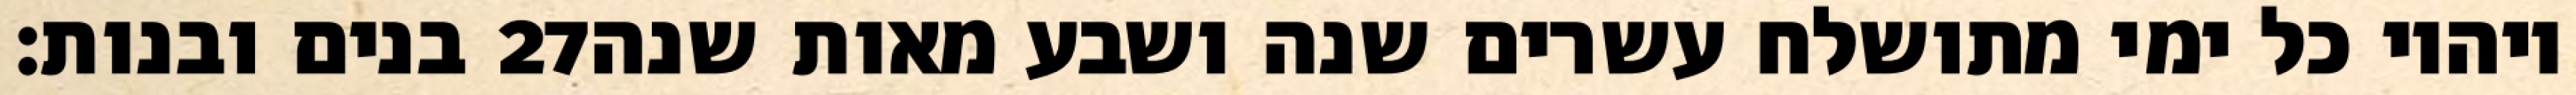
בנים ובנות׃ ‎27‏ ויהיו כל ימי מתושלח עשרים שנה ושבע מאות שנה